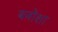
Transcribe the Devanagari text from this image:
बनोशा